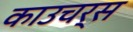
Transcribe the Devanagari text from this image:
काउचर्स